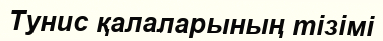
Тунис қалаларының тізімі